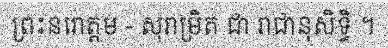
ព្រះនរោត្តម - សុរាម្រិត ជា រាជានុសិទ្ធិ ។